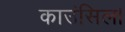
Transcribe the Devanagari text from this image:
काउंसिल।